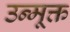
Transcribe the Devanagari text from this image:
उन्मूक्त